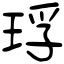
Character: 琈